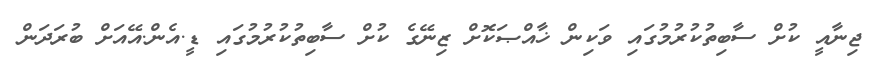
ޖިނާއީ ކުށް ސާބިތުކުރުމުގައި ވަކިން ޚާއްޞަކޮށް ޒިނޭގެ ކުށް ސާބިތުކުރުމުގައި ޑީ.އެން.އޭއަށް ބުރަދަން